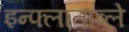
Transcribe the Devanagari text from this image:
इन्फ्लाताब्ले